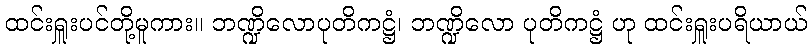
ထင်းရှူးပင်တို့မူကား။ ဘဏ္ဍိလောပုတိကဋ္ဌံ၊ ဘဏ္ဍိလော ပုတိကဋ္ဌံ ဟု ထင်းရှူးပရိယာယ်